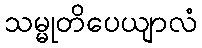
သမ္မုတိပေယျာလံ